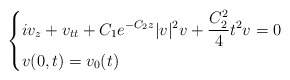
\begin{align*}\left\{\begin{aligned}&iv_z+ v_{tt}+C_1e^{-C_2 z} |v|^2v+\frac{C_2^2}{4}t^2v=0\\&v(0,t)=v_0(t)\end{aligned}\right.\end{align*}